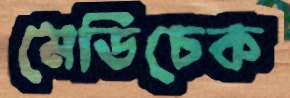
মেডিচেক